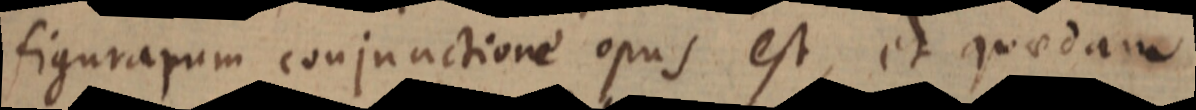
figurarum conjunctione opus est, et quaedam